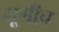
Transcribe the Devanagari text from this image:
भूमीच